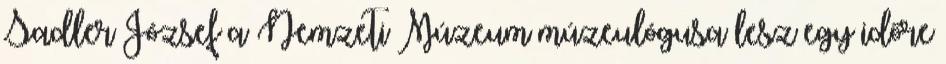
Sadler József a Nemzeti Múzeum múzeulógusa lesz egy időre